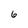
Character: 6